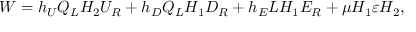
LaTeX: W = h _ { U } Q _ { L } H _ { 2 } U _ { R } + h _ { D } Q _ { L } H _ { 1 } D _ { R } + h _ { E } L H _ { 1 } E _ { R } + \mu H _ { 1 } \varepsilon H _ { 2 } ,